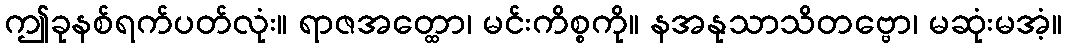
ဤခုနစ်ရက်ပတ်လုံး။ ရာဇအတ္ထော၊ မင်းကိစ္စကို။ နအနုသာသိတဗ္ဗော၊ မဆုံးမအံ့။